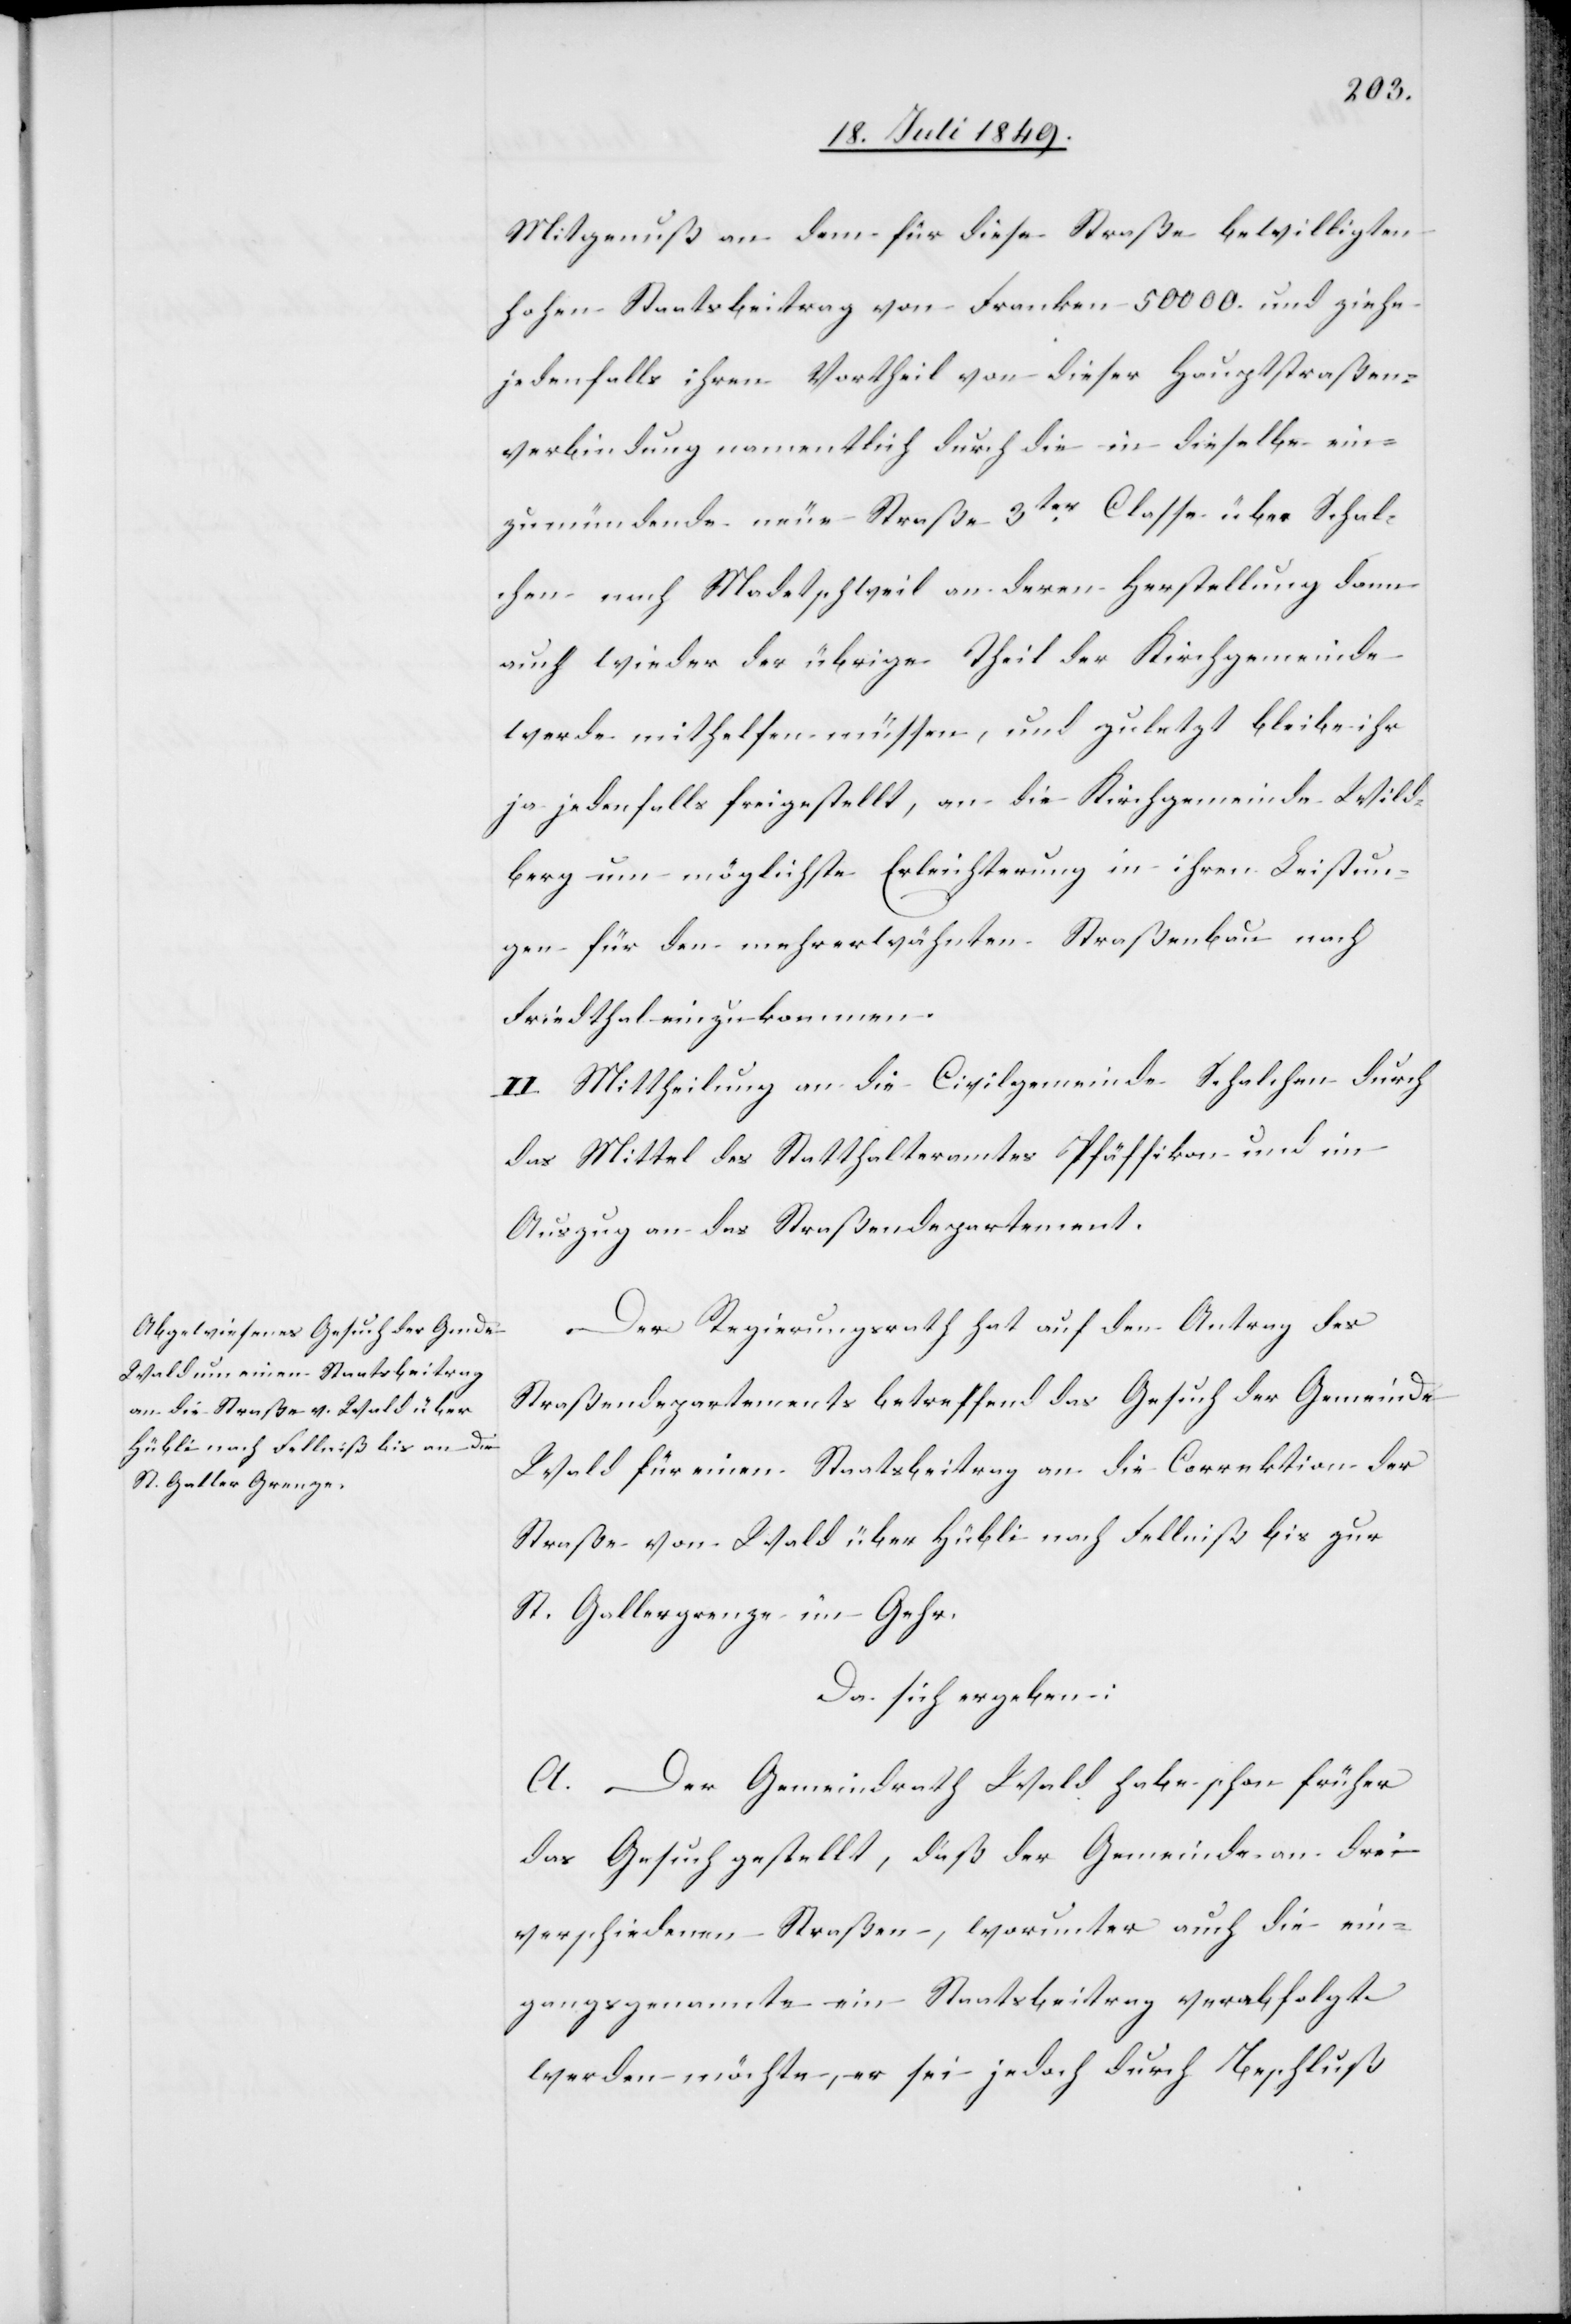
Mitgenuß an dem für diese Straße bewilligten
hohen Staatsbeitrag von Franken 50 000. und ziehe
jedenfalls ihren Vortheil von dieser Hauptstraßen¬
verbindung namentlich durch die in dieselbe ein¬
zumündende neue Straße 3ter Classe über Schal¬
chen nach Madetschweil an deren Herstellung dann
auch wieder der übrige Theil der Kirchgemeinde
werde mithelfen müssen, und zuletzt bleibe ihr
ja jedenfalls freigestellt, an die Kirchgemeinde Wild¬
berg um möglichste Erleichterung in ihren Leistun¬
gen für den mehrerwähnten Straßenbau nach
Friedthal einzukommen.
II. Mittheilung an die Civilgemeinde Schalchen durch
das Mittel des Statthalteramtes Pfäffikon und im
Auszug an das Straßendepartement.
Der Regierungsrath hat auf den Antrag des
Straßendepartements betreffend das Gesuch der Gemeinde
Wald für einen Staatsbeitrag an die Correktion der
Straße von Wald über Hübli nach Fellniß bis zur
St. Gallergrenze im Gehr.
Da sich ergeben:
A. Der Gemeindrath Wald habe schon früher
das Gesuch gestellt, daß der Gemeinde an drei
verschiedenen Straßen, worunter auch die ein¬
gangsgenannte ein Staatsbeitrag verabfolgt
werden möchte, er sei jedoch durch Beschluß